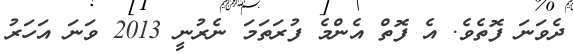
ދެވަނަ ފޮތެވެ. އެ ފޮތް އެންމެ ފުރަތަމަ ނެރުނީ 2013 ވަނަ އަހަރު